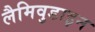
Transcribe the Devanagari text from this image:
लैमिवुडाइन